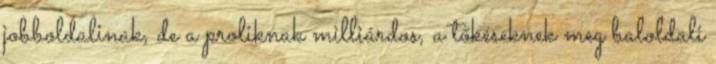
jobboldalinak, de a proliknak milliárdos, a tőkéseknek meg baloldali